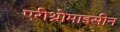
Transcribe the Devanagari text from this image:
एरीथ्रोमाइसीन